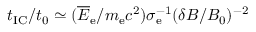
t _ { \mathrm { I C } } / t _ { 0 } \simeq ( \overline { E } _ { \mathrm { e } } / m _ { \mathrm { e } } c ^ { 2 } ) \sigma _ { \mathrm { e } } ^ { - 1 } ( \delta B / B _ { 0 } ) ^ { - 2 }